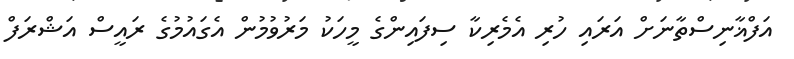
އަފްޣާނިސްތާނަށް އަރައި ހުރި އެމެރިކާ ސިފައިންގެ މީހަކު މަރުވުމުން އެގައުމުގެ ރައީސް އަޝްރަފް